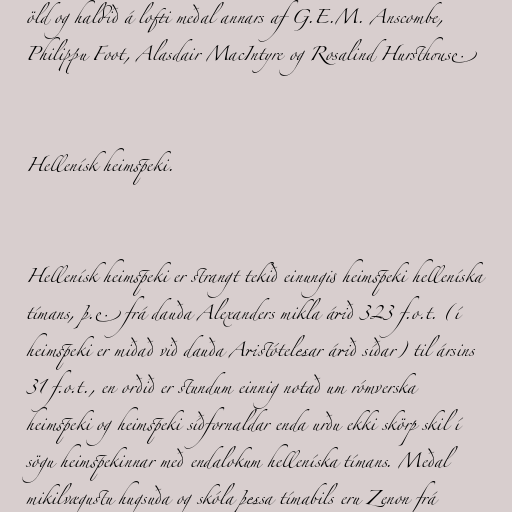
öld og haldið á lofti meðal annars af G.E.M. Anscombe,
Philippu Foot, Alasdair MacIntyre og Rosalind Hursthouse.

Hellenísk heimspeki.

Hellenísk heimspeki er strangt tekið einungis heimspeki helleníska
tímans, þ.e. frá dauða Alexanders mikla árið 323 f.o.t. (í
heimspeki er miðað við dauða Aristótelesar árið síðar) til ársins
31 f.o.t., en orðið er stundum einnig notað um rómverska
heimspeki og heimspeki síðfornaldar enda urðu ekki skörp skil í
sögu heimspekinnar með endalokum helleníska tímans. Meðal
mikilvægustu hugsuða og skóla þessa tímabils eru Zenon frá